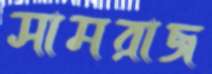
সামরাজ